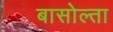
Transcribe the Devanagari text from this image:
बासोल्ता